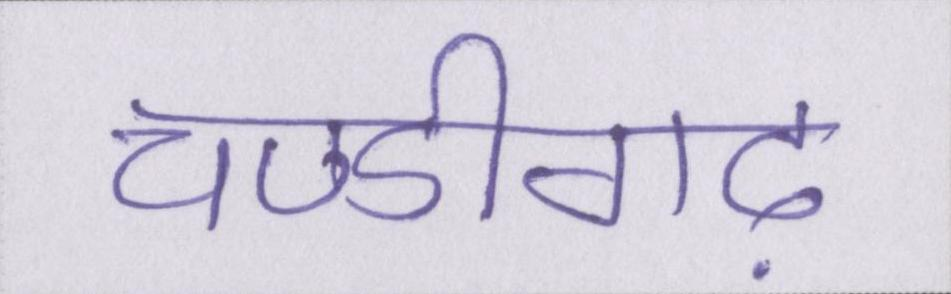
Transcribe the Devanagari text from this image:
चण्डीगढ़